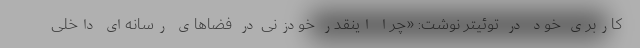
کاربری خود در توئیتر نوشت: «چرا اینقدر خودزنی در فضاهای رسانه‌ای داخلی